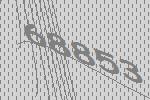
68853